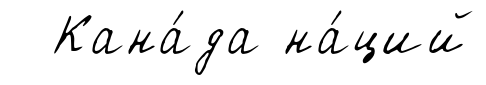
Кана́да на́ций